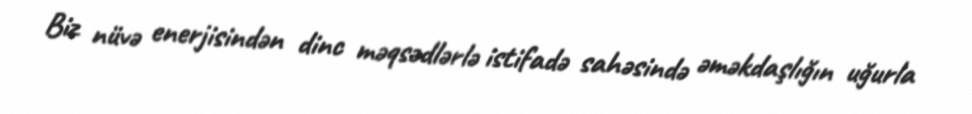
Biz nüvə enerjisindən dinc məqsədlərlə istifadə sahəsində əməkdaşlığın uğurla